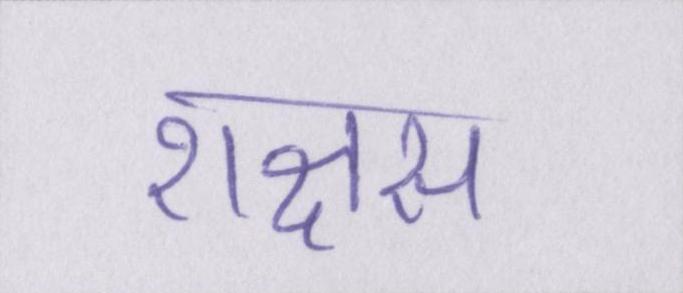
राक्षस